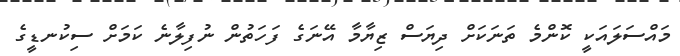
މައްސަލައަކީ ކޮންމެ ތަނަކަށް ދިޔަސް ޒިޔާމާ އޭނަގެ ފަހަތުން ނުފިލާނެ ކަމަށް ސިކުނޑީގެ